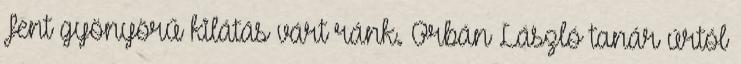
Fent gyönyörű kilátás várt ránk. Orbán László tanár úrtól